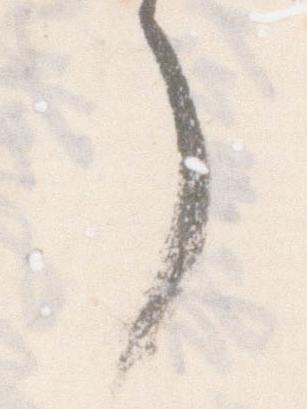
了